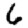
Digit: 6